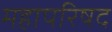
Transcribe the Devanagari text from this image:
महापरिषद